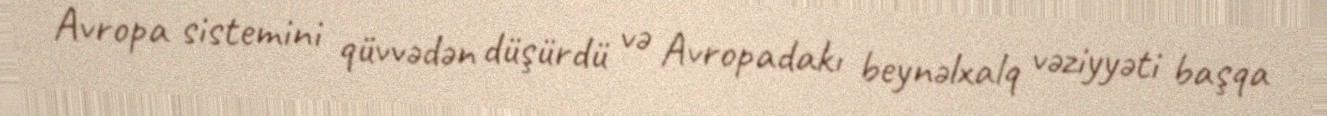
Avropa sistemini qüvvədən düşürdü və Avropadakı beynəlxalq vəziyyəti başqa